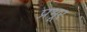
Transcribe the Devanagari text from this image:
प्रभूर